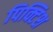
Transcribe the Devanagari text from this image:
पिक्टिश